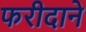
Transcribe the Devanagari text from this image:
फरीदाने